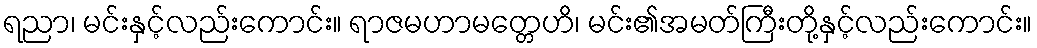
ရညာ၊ မင်းနှင့်လည်းကောင်း။ ရာဇမဟာမတ္တေဟိ၊ မင်း၏အမတ်ကြီးတို့နှင့်လည်းကောင်း။